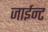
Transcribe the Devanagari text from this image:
जाईन्ट